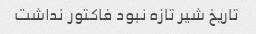
تاریخ شیر تازه نبود فاکتور نداشت